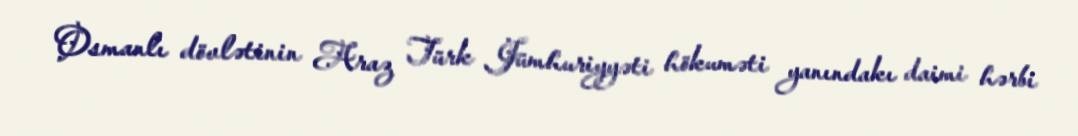
Osmanlı dövlətinin Araz Türk Jümhuriyyəti hökuməti yanındakı daimi hərbi